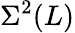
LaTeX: \Sigma^{2}(L)